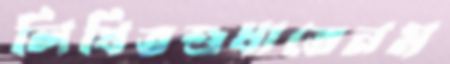
লিখিতশুধাতেনম